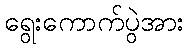
ရွေးကောက်ပွဲအား